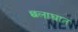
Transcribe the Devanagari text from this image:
छलाघात